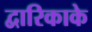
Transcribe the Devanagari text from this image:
द्वारिकाके